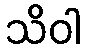
သိဝါ